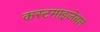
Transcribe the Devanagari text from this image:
कस्टमाइज़ेबल